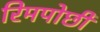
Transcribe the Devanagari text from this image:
रिमपोछी